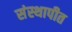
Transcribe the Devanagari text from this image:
संस्थापीत